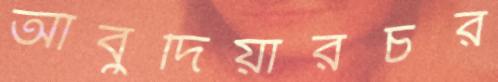
আবুদিয়ারচর